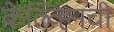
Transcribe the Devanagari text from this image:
केल्व्हिनची